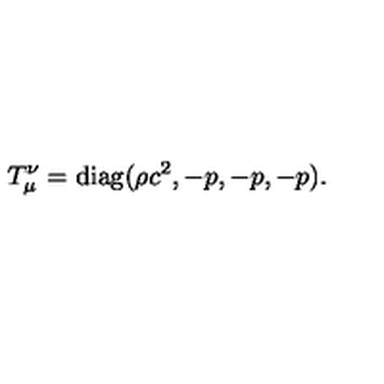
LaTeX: T _ { \mu } ^ { \nu } = \mathrm { d i a g } ( \rho c ^ { 2 } , - p , - p , - p ) .